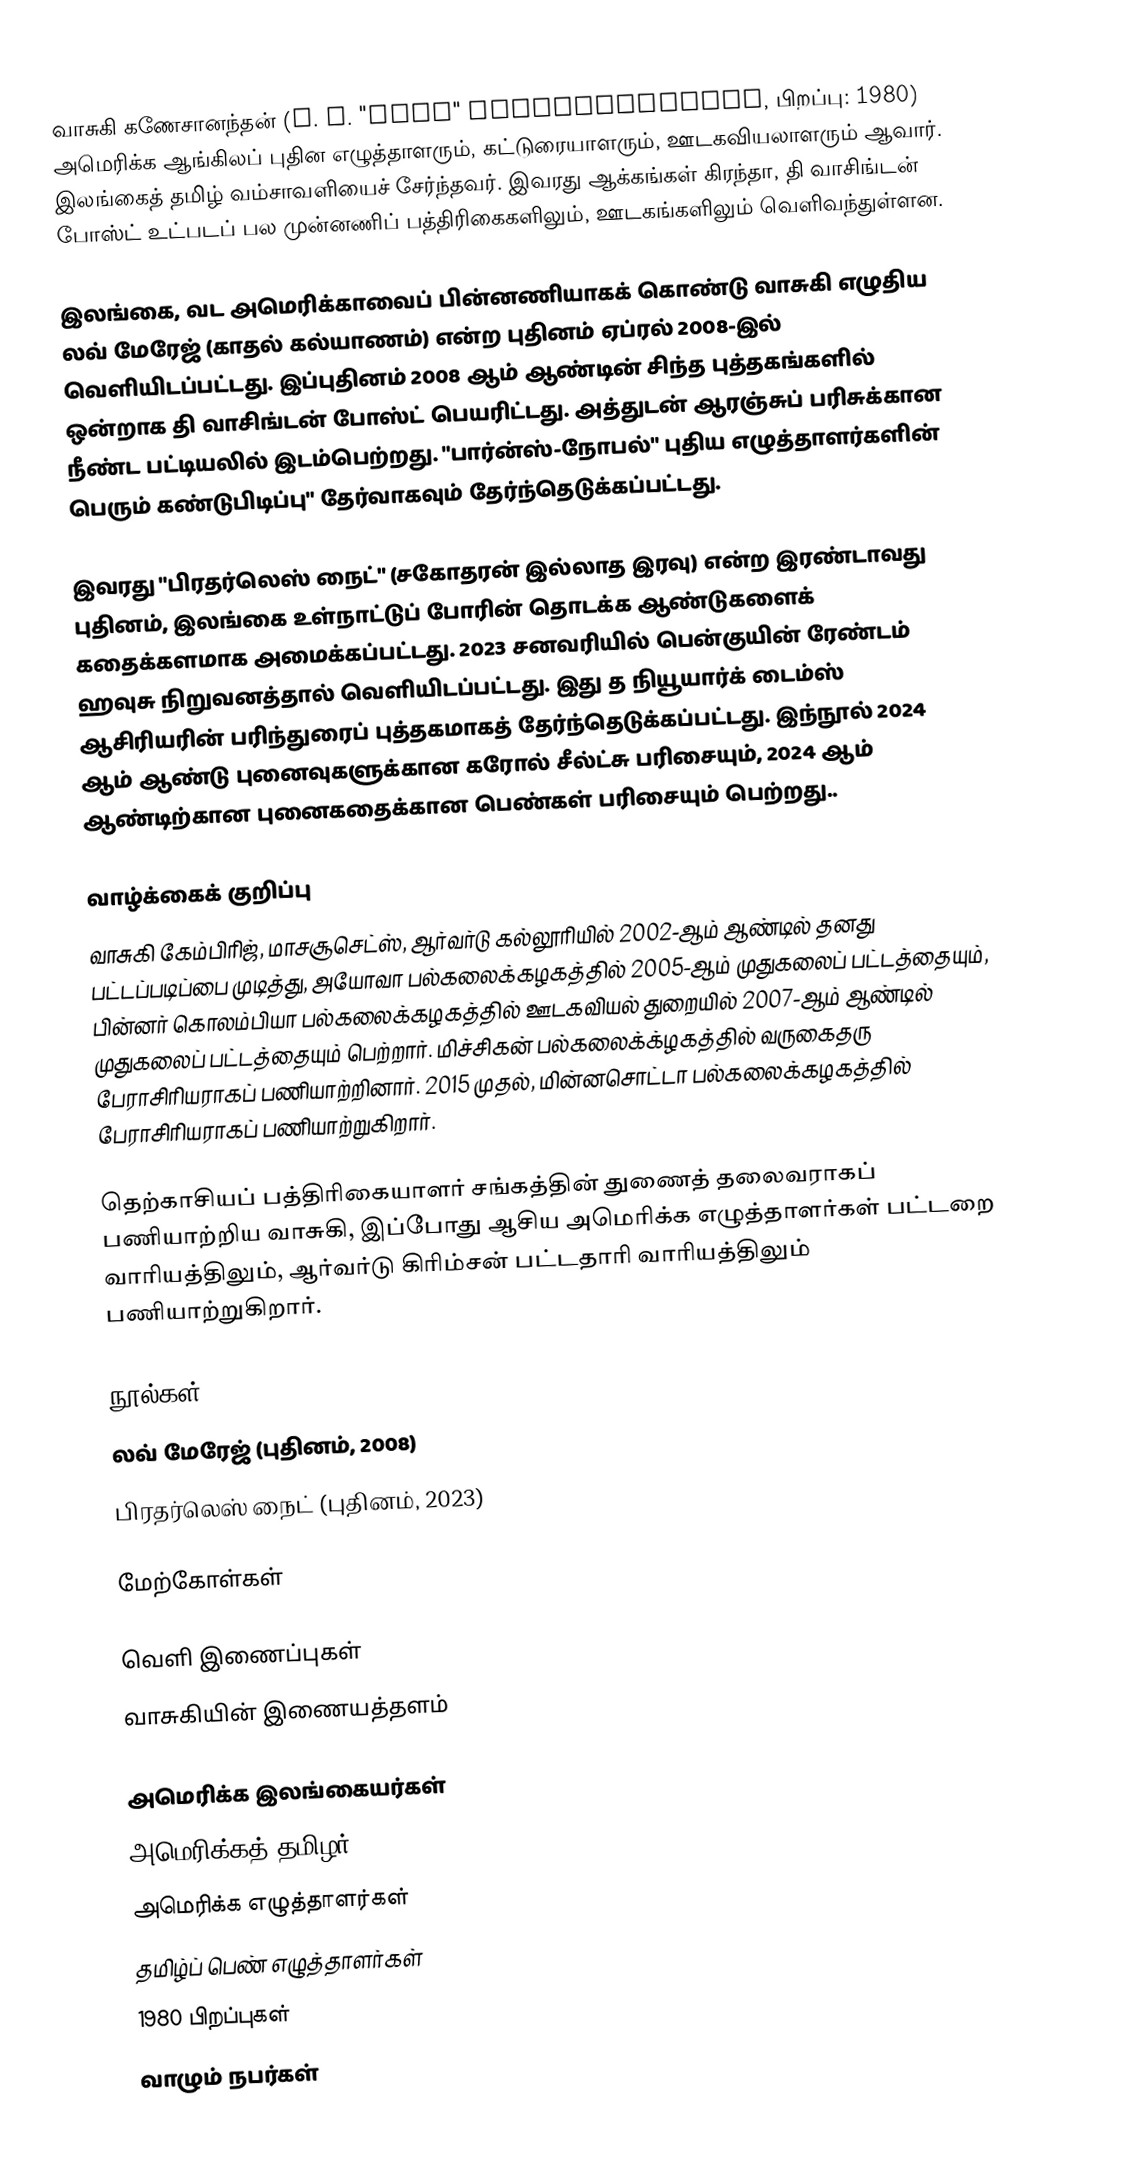
வாசுகி கணேசானந்தன் (V. V. "Sugi" Ganeshananthan, பிறப்பு: 1980) அமெரிக்க ஆங்கிலப் புதின எழுத்தாளரும், கட்டுரையாளரும், ஊடகவியலாளரும் ஆவார். இலங்கைத் தமிழ் வம்சாவளியைச் சேர்ந்தவர். இவரது ஆக்கங்கள் கிரந்தா, தி வாசிங்டன் போஸ்ட் உட்படப் பல முன்னணிப் பத்திரிகைகளிலும், ஊடகங்களிலும் வெளிவந்துள்ளன.

இலங்கை, வட அமெரிக்காவைப் பின்னணியாகக் கொண்டு வாசுகி எழுதிய லவ் மேரேஜ் (காதல் கல்யாணம்) என்ற புதினம் ஏப்ரல் 2008-இல் வெளியிடப்பட்டது. இப்புதினம் 2008 ஆம் ஆண்டின் சிந்த புத்தகங்களில் ஒன்றாக தி வாசிங்டன் போஸ்ட் பெயரிட்டது. அத்துடன் ஆரஞ்சுப் பரிசுக்கான நீண்ட பட்டியலில் இடம்பெற்றது. "பார்ன்ஸ்-நோபல்" புதிய எழுத்தாளர்களின் பெரும் கண்டுபிடிப்பு" தேர்வாகவும் தேர்ந்தெடுக்கப்பட்டது.

இவரது "பிரதர்லெஸ் நைட்" (சகோதரன் இல்லாத இரவு) என்ற இரண்டாவது புதினம், இலங்கை உள்நாட்டுப் போரின் தொடக்க ஆண்டுகளைக் கதைக்களமாக அமைக்கப்பட்டது. 2023 சனவரியில் பென்குயின் ரேண்டம் ஹவுசு நிறுவனத்தால் வெளியிடப்பட்டது. இது த நியூயார்க் டைம்ஸ் ஆசிரியரின் பரிந்துரைப் புத்தகமாகத் தேர்ந்தெடுக்கப்பட்டது. இந்நூல் 2024 ஆம் ஆண்டு புனைவுகளுக்கான கரோல் சீல்ட்சு பரிசையும், 2024 ஆம் ஆண்டிற்கான புனைகதைக்கான பெண்கள் பரிசையும் பெற்றது..

வாழ்க்கைக் குறிப்பு
வாசுகி கேம்பிரிஜ், மாசசூசெட்ஸ், ஆர்வர்டு கல்லூரியில் 2002-ஆம் ஆண்டில் தனது பட்டப்படிப்பை முடித்து, அயோவா பல்கலைக்கழகத்தில் 2005-ஆம் முதுகலைப் பட்டத்தையும், பின்னர் கொலம்பியா பல்கலைக்கழகத்தில் ஊடகவியல் துறையில் 2007-ஆம் ஆண்டில் முதுகலைப் பட்டத்தையும் பெற்றார். மிச்சிகன் பல்கலைக்க்ழகத்தில் வருகைதரு பேராசிரியராகப் பணியாற்றினார். 2015 முதல், மின்னசொட்டா பல்கலைக்கழகத்தில் பேராசிரியராகப் பணியாற்றுகிறார்.

தெற்காசியப் பத்திரிகையாளர் சங்கத்தின் துணைத் தலைவராகப் பணியாற்றிய வாசுகி, இப்போது ஆசிய அமெரிக்க எழுத்தாளர்கள் பட்டறை வாரியத்திலும், ஆர்வர்டு கிரிம்சன் பட்டதாரி வாரியத்திலும் பணியாற்றுகிறார்.

நூல்கள்
 லவ் மேரேஜ் (புதினம், 2008)
 பிரதர்லெஸ் நைட் (புதினம், 2023)

மேற்கோள்கள்

வெளி இணைப்புகள்
 வாசுகியின் இணையத்தளம்

அமெரிக்க இலங்கையர்கள்
அமெரிக்கத் தமிழர்
அமெரிக்க எழுத்தாளர்கள்
தமிழ்ப் பெண் எழுத்தாளர்கள்
1980 பிறப்புகள்
வாழும் நபர்கள்